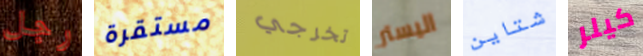
رجل مستقرة تخرجي اليستر شتاين كيلر